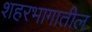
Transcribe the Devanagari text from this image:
शहरभागातील